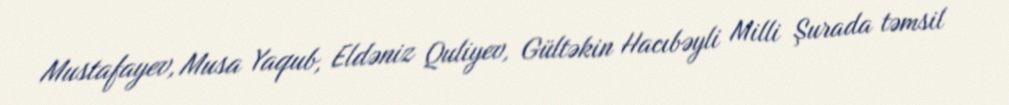
Mustafayev, Musa Yaqub, Eldəniz Quliyev, Gültəkin Hacıbəyli Milli Şurada təmsil